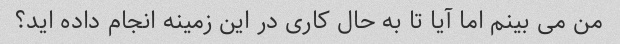
من می بینم اما آیا تا به حال کاری در این زمینه انجام داده اید؟